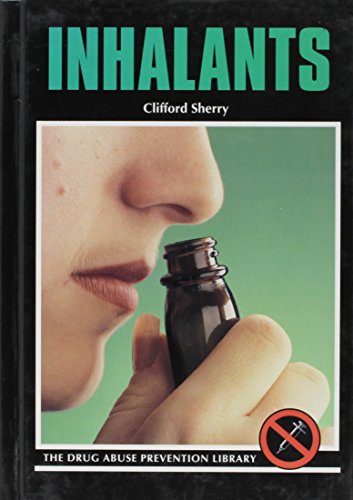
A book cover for Inhalants (Drug Abuse Prevention Library); Cilfford Sherry; Teen & Young Adult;